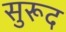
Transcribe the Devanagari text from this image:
सुरूद